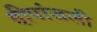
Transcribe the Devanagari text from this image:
दीपांजली